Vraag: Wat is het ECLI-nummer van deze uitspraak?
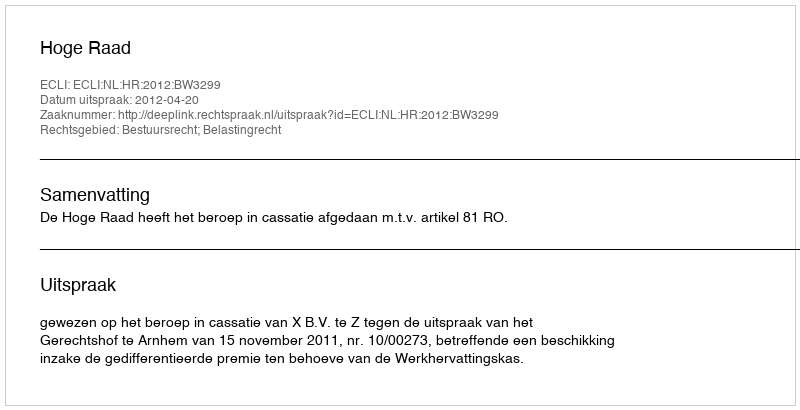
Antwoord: ECLI:NL:HR:2012:BW3299